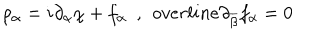
LaTeX: \rho _ { \alpha } = i \partial _ { \alpha } \chi + f _ { \alpha } \ \ , \ \, o v e r l i n e { \partial } _ { \overline { { { \beta } } } } f _ { \alpha } = 0